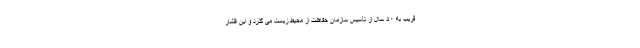
قریب به ۵۰ سال از تأسیس سازمان حفاظت از محیط زیست می گذرد و این اقشار